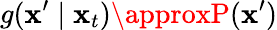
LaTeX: g(\mathbf{x}^{\prime}\mid\mathbf{x}_{t})\approxP(\mathbf{x}^{\prime})